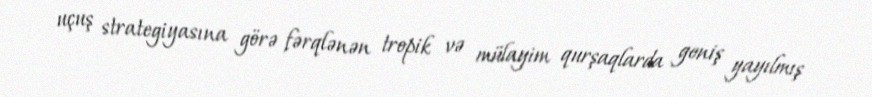
uçuş strategiyasına görə fərqlənən tropik və mülayim qurşaqlarda geniş yayılmış